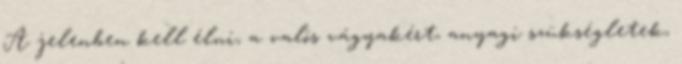
A jelenben kell élni, a valós vágyakért, anyagi szükségletek,